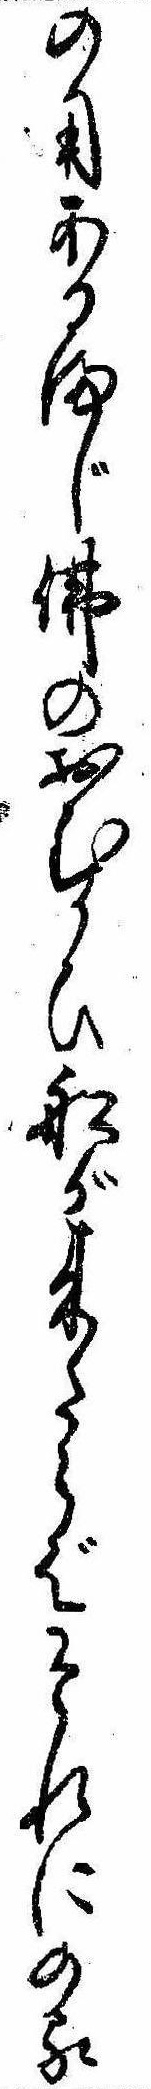
の用あるまじ仏のおむかひ船が来たらばそれにのる